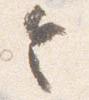
令